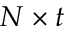
N \times t